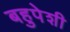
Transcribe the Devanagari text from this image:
बहुपेशी